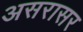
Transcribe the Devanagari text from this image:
असरासर